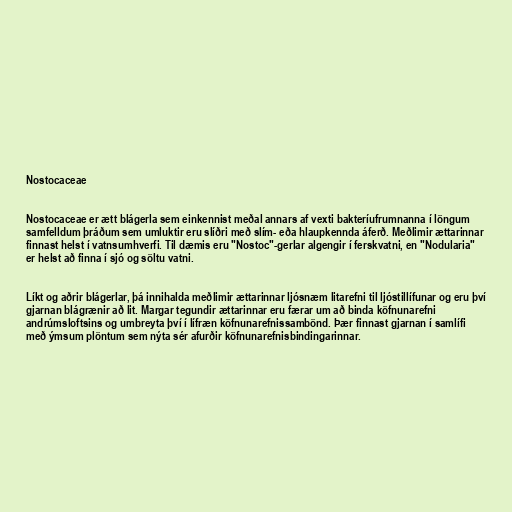
Nostocaceae

Nostocaceae er ætt blágerla sem einkennist meðal annars af vexti bakteríufrumnanna í löngum
samfelldum þráðum sem umluktir eru slíðri með slím- eða hlaupkennda áferð. Meðlimir ættarinnar
finnast helst í vatnsumhverfi. Til dæmis eru "Nostoc"-gerlar algengir í ferskvatni, en "Nodularia"
er helst að finna í sjó og söltu vatni.

Líkt og aðrir blágerlar, þá innihalda meðlimir ættarinnar ljósnæm litarefni til ljóstillífunar og eru því
gjarnan blágrænir að lit. Margar tegundir ættarinnar eru færar um að binda köfnunarefni
andrúmsloftsins og umbreyta því í lífræn köfnunarefnissambönd. Þær finnast gjarnan í samlífi
með ýmsum plöntum sem nýta sér afurðir köfnunarefnisbindingarinnar.